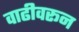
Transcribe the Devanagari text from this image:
वाढीवरून